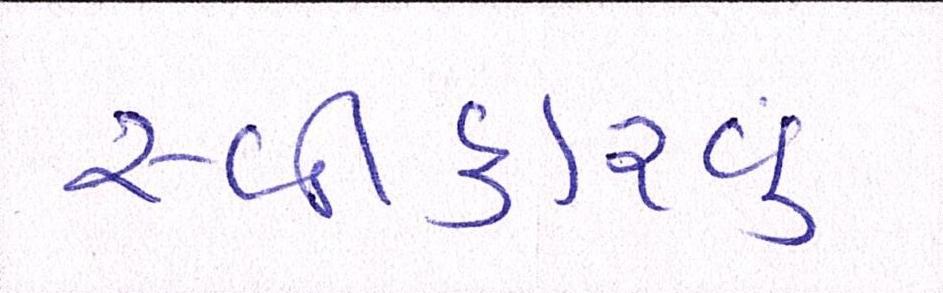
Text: સ્વીકારવું